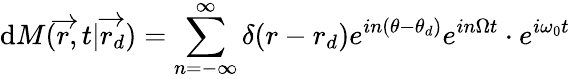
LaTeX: \textrm{d}M(\overrightarrow{r},t|\overrightarrow{r_{d}})=\sum_{n=-\infty}^{\infty}\delta(r-r_{d})e^{in(\theta-\theta_{d})}e^{in\Omega t}\cdot e^{i\omega_{0}t}